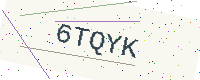
Text: 6TQYK